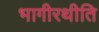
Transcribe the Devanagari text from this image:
भागीरथीति